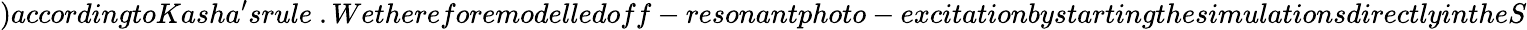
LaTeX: )accordingtoKasha^{\prime}srule~.Wethereforemodelledoff-resonantphoto-excitationbystartingthesimulationsdirectlyintheS